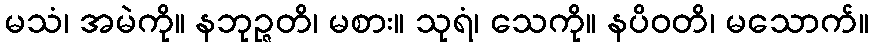
မသံ၊ အမဲကို။ နဘုဉ္ဇတိ၊ မစား။ သုရံ၊ သေကို။ နပိဝတိ၊ မသောက်။